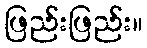
ဖြည်းဖြည်း။